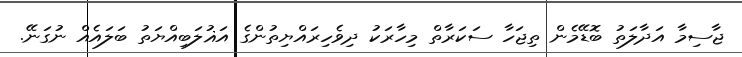
ޖާސިމާ އަދާލަތު ބޮޑޭމެން ތިޖަހާ ސަކަރާތް މިހާރަކު ދިވެހިރައްޔިތުންގެ އަޣުލަބިއްޔަތު ބަލައެއް ނުގަނޭ.